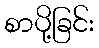
စာပို့ခြင်း